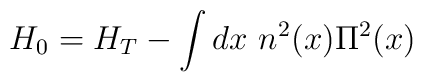
H_{0} = H_{T} - \int dx~ n^{2}(x) \Pi^{2}(x)